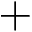
+